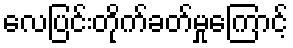
လေပြင်းတိုက်ခတ်မှုကြောင့်